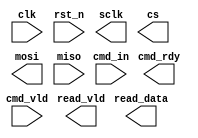
module SPI #(
  parameter CMD_WIDTH  = 12,
  parameter READ_WIDTH = 8
) (
  input                   clk      ,
  input                   rst_n    ,
  input  [ CMD_WIDTH-1:0] cmd_in   ,
  output                  cmd_rdy  ,
  input                   cmd_vld  ,
  output                  sclk     ,
  output                  cs       ,
  output                  mosi     ,
  input                   miso     ,
  output                  read_vld ,
  output [READ_WIDTH-1:0] read_data
);
reg [3:0] fsm_cs;
reg [3:0] fsm_ns;



endmodule